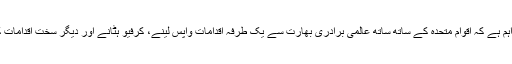
وزیر خارجہ نے کہا کہ یہ اہم ہے کہ اقوام متحدہ کے ساتھ ساتھ عالمی برادری بھارت سے یک طرفہ اقدامات واپس لینے، کرفیو ہٹانے اور دیگر سخت اقدامات کے خاتمے کا مطالبہ کرے۔